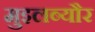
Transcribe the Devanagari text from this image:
मुइलब्यौर